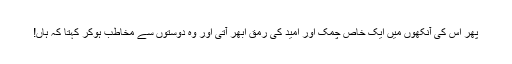
پھر اس کی آنکھوں میں ایک خاص چمک اور امید کی رمق ابھر آتی اور وہ دوستوں سے مخاطب ہوکر کہتا کہ ہاں!